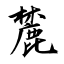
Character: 麓